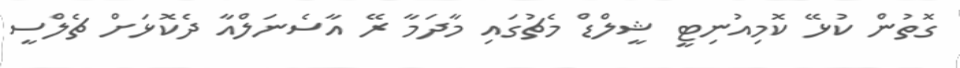
ގޮތުން ކުޅޭ ކޮމިއުނިޓީ ޝީލްޑް މެޗުގައި މާދަމާ ރޭ އާސެނަލްއާ ދެކޮޅަށް ޗެލްސީ